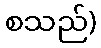
စသည်)